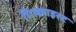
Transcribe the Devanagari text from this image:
गिल्क्राइस्ट